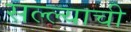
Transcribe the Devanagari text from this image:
सल्ल्याची